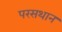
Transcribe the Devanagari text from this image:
परसथान